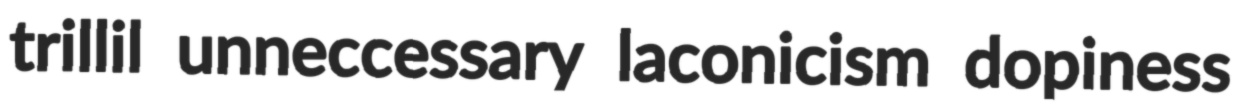
trillil unneccessary laconicism dopiness